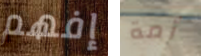
إفهم أمة